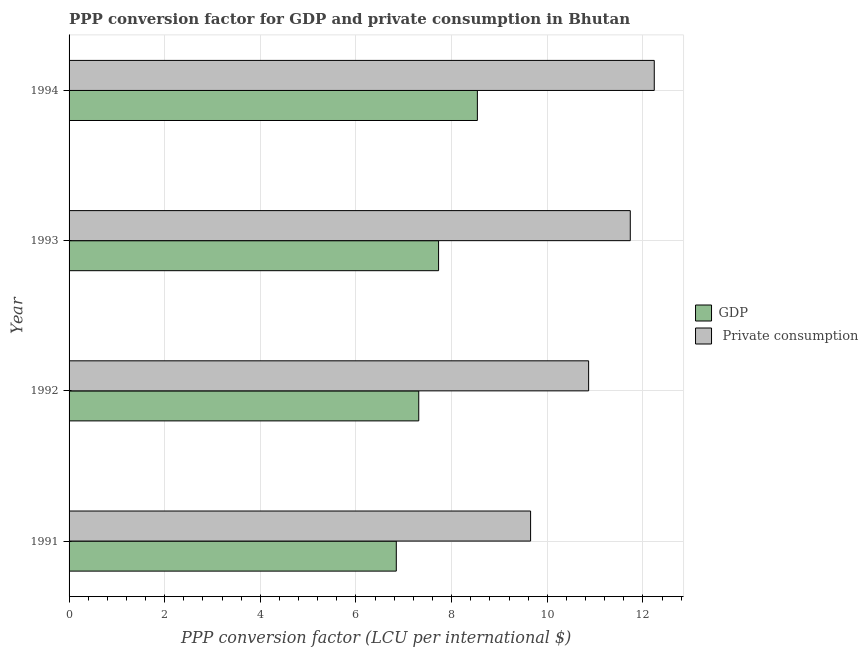
| Year | GDP |  Private consumption |
 | --- | --- | --- |
 | 1991 | 6.84 | 9.65 |
 | 1992 | 7.31 | 10.9 |
 | 1993 | 7.73 | 11.7 |
 | 1994 | 8.54 | 12.2 |